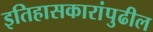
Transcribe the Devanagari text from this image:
इतिहासकारांपुढील